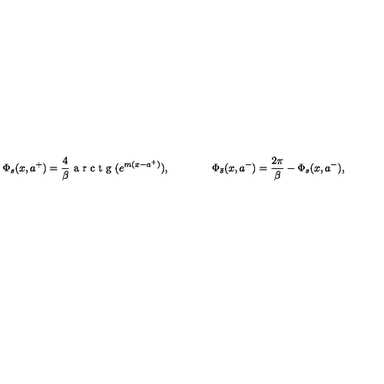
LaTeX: \Phi _ { s } ( x , a ^ { + } ) = \frac { 4 } { \beta } { \textrm { a r c t g } } ( e ^ { m ( x - a ^ { + } ) } ) , \qquad \qquad \Phi _ { \bar { s } } ( x , a ^ { - } ) = \frac { 2 \pi } { \beta } - \Phi _ { s } ( x , a ^ { - } ) ,